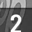
Digit: 2